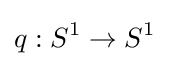
q:S^{1}\to S^{1}